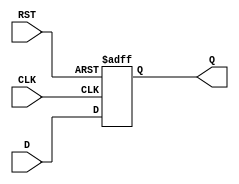
module DataRegister (
    input wire [N-1:0] D,    // Data Input
    input wire CLK,           // Clock
    input wire RST,           // Reset
    output reg [N-1:0] Q      // Data Output
);
    parameter N = 8;          // Define the width of the register (can be changed as needed)

    // Asynchronous reset and synchronous data capture
    always @(posedge CLK or posedge RST) begin
        if (RST) begin
            Q <= {N{1'b0}};    // Reset output to 0
        end else begin
            Q <= D;            // Capture input data on clock edge
        end
    end
endmodule